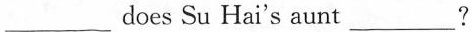
___does Su Hai's aunt ___?